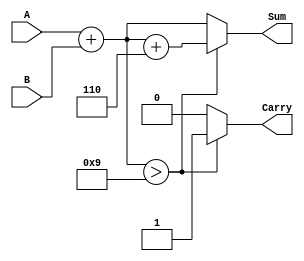
module BCD_Redundant_Binary_Adder (
    input [3:0] A,         // BCD input A
    input [3:0] B,         // BCD input B
    output reg [4:0] Sum,  // Redundant binary output sum (5 bits)
    output reg Carry        // Carry out
);

    wire [4:0] temp_sum;   // Temporary sum for BCD addition
    wire [4:0] corrected_sum; // Corrected sum if needed

    // Step 1: Perform the initial binary addition
    assign temp_sum = {1'b0, A} + {1'b0, B}; // Zero-extend A and B to 5 bits

    // Step 2: BCD Correction Logic
    always @(*) begin
        if (temp_sum > 5'd9) begin
            corrected_sum = temp_sum + 5'd6; // Add 6 if the sum exceeds 9
            Carry = 1; // Set carry if correction is applied
        end else begin
            corrected_sum = temp_sum;
            Carry = 0; // No carry if sum is within BCD range
        end
    end

    // Output the final sum in redundant binary format
    always @(*) begin
        Sum = corrected_sum; // The output sum is the corrected sum
    end

endmodule